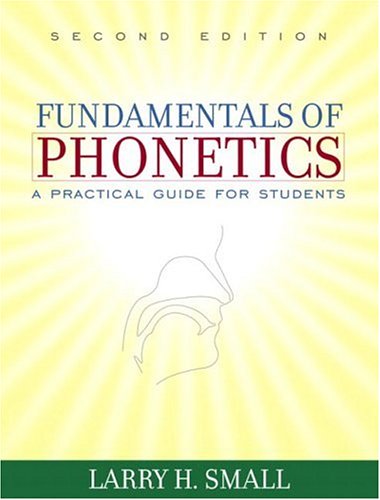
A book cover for Fundamentals of Phonetics: A Practical Guide for Students (2nd Edition); Larry H. Small; Medical Books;